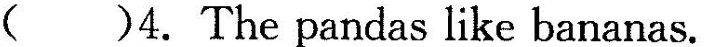
( )4.The pandas like bananas.